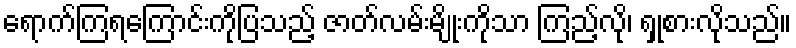
ရောက်ကြရကြောင်းကိုပြသည့် ဇာတ်လမ်းမျိုးကိုသာ ကြည့်လို၊ ရှုစားလိုသည်။